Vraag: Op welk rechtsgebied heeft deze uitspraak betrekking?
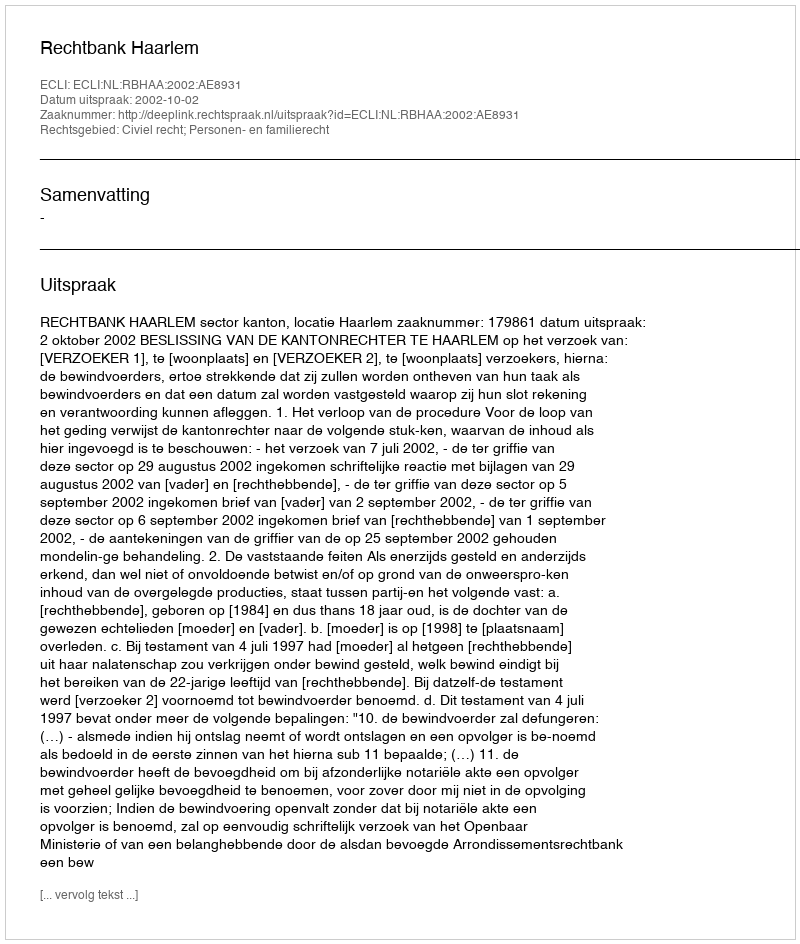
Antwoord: Civiel recht; Personen- en familierecht